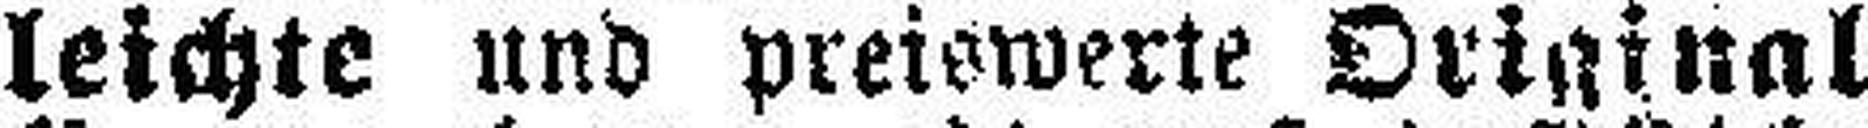
leichte und preiswerte Original